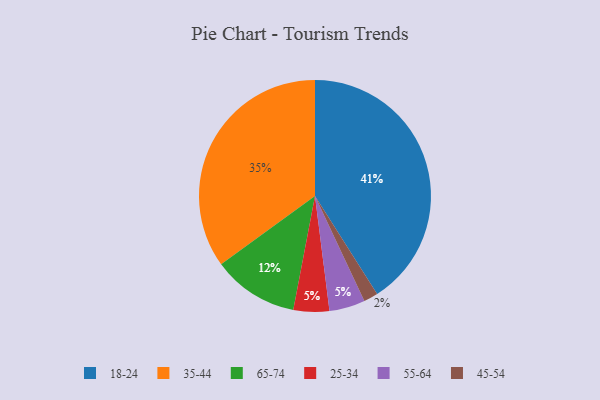
{"axis": {"x": "Category", "y": "Percentage"}, "legend": ["18-24", "25-34", "35-44", "45-54", "55-64", "65-74"], "data": [{"x": "35-44", "y": 35, "type": "35-44"}, {"x": "18-24", "y": 41, "type": "18-24"}, {"x": "25-34", "y": 5, "type": "25-34"}, {"x": "55-64", "y": 5, "type": "55-64"}, {"x": "45-54", "y": 2, "type": "45-54"}, {"x": "65-74", "y": 12, "type": "65-74"}]}